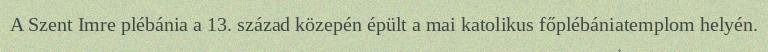
A Szent Imre plébánia a 13. század közepén épült a mai katolikus főplébániatemplom helyén.